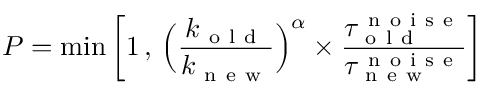
P = \operatorname* { m i n } \left[ 1 \, , \, \Big ( \frac { k _ { \mathrm { ~ o ~ l ~ d ~ } } } { k _ { \mathrm { ~ n ~ e ~ w ~ } } } \Big ) ^ { \alpha } \times \frac { \tau _ { \mathrm { ~ o ~ l ~ d ~ } } ^ { \mathrm { ~ n ~ o ~ i ~ s ~ e ~ } } } { \tau _ { \mathrm { ~ n ~ e ~ w ~ } } ^ { \mathrm { ~ n ~ o ~ i ~ s ~ e ~ } } } \right]